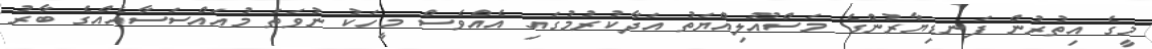
މީގެ އިތުރުން ފަނޑިޔާރުންގެ މަސްއޫލިއްޔަތު އަދާކުރުމުގައި އެއްވެސް މީހަކު ނުވަތަ މުއައްސަސާއެއްގެ ބާރު